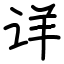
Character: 详